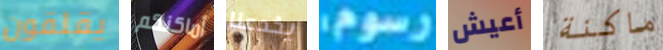
يقلقون أماكنكم يخدعنا رسوم أعيش ماكنة